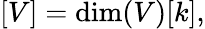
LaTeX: [V]=\dim(V)[k],